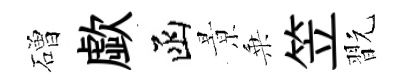
磳歔函㬌乗笠翫